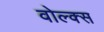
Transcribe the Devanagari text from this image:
वोल्क्स